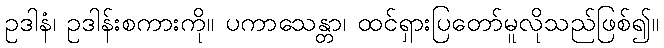
ဥဒါနံ၊ ဥဒါန်းစကားကို။ ပကာသေန္တာ၊ ထင်ရှားပြတော်မူလိုသည်ဖြစ်၍။